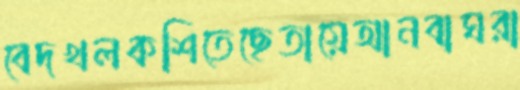
বেদখলকশিতেছেতায়েআনবাঘরা